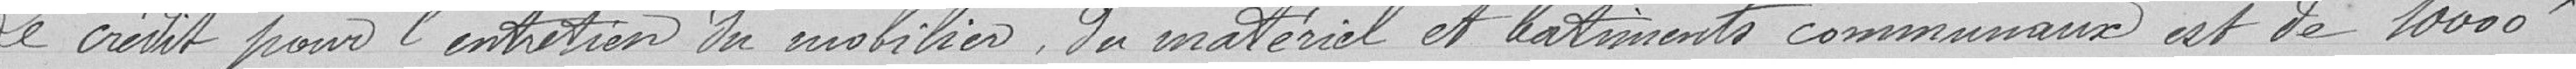
Le crédit pour l'entretien du mobilier, du matériel et bâtiments communaux est de 10000